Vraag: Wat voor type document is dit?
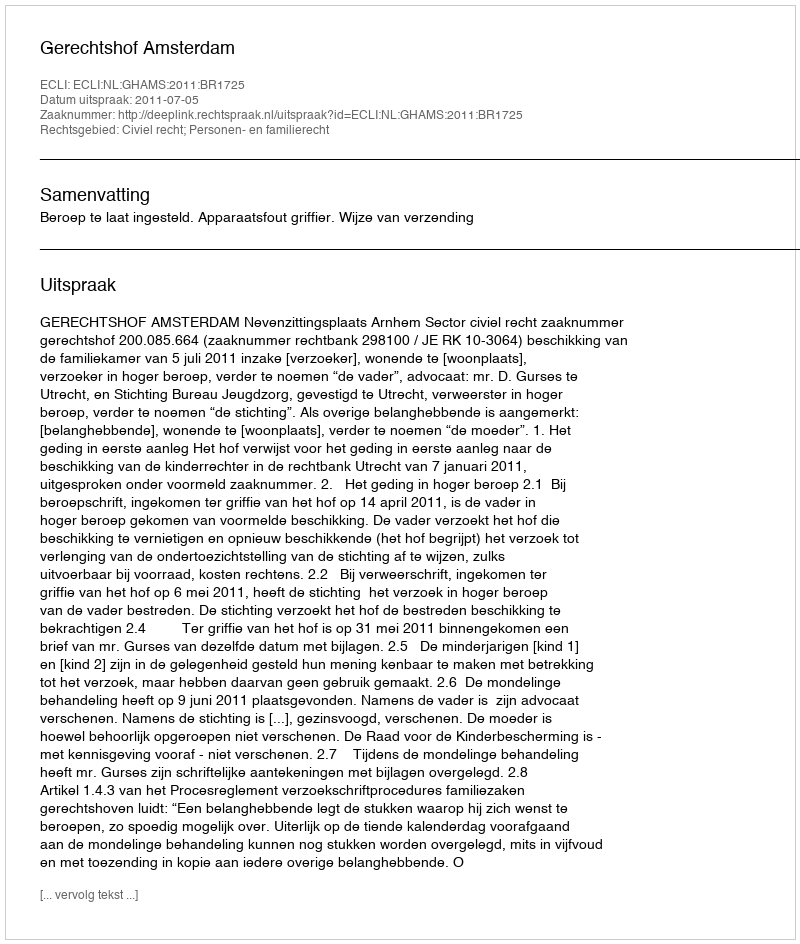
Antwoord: Uitspraak